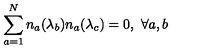
\sum _ { a = 1 } ^ { N } n _ { a } ( \lambda _ { b } ) n _ { a } ( \lambda _ { c } ) = 0 , \ \forall a , b